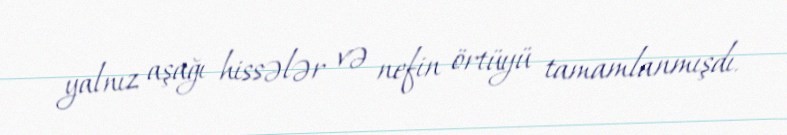
yalnız aşağı hissələr və nefin örtüyü tamamlanmışdı.